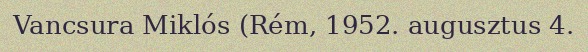
Vancsura Miklós (Rém, 1952. augusztus 4.